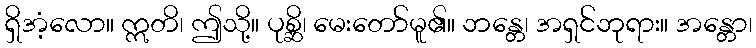
ရှိအံ့လော။ ဣတိ၊ ဤသို့။ ပုစ္ဆိ၊ မေးတော်မူ၏။ ဘန္တေ၊ အရှင်ဘုရား။ အန္တော၊